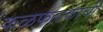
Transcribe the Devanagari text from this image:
कळफलकाची